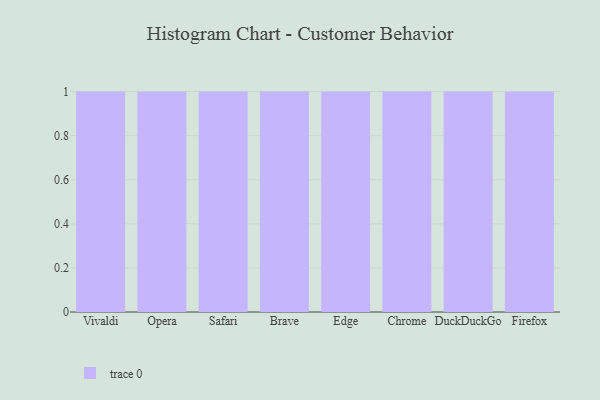
{"axis": {"x": "Browser", "y": "Population (Million)"}, "legend": [""], "data": [{"x": "Vivaldi", "y": 49, "type": ""}, {"x": "Opera", "y": 54, "type": ""}, {"x": "Safari", "y": 15, "type": ""}, {"x": "Brave", "y": 95, "type": ""}, {"x": "Edge", "y": 94, "type": ""}, {"x": "Chrome", "y": 12, "type": ""}, {"x": "DuckDuckGo", "y": 51, "type": ""}, {"x": "Firefox", "y": 33, "type": ""}]}